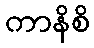
ကာနိစိ